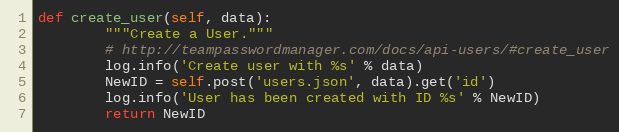
Language: Python
def create_user(self, data):
        """Create a User."""
        # http://teampasswordmanager.com/docs/api-users/#create_user
        log.info('Create user with %s' % data)
        NewID = self.post('users.json', data).get('id')
        log.info('User has been created with ID %s' % NewID)
        return NewID